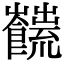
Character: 𩟜